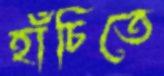
হাঁচিতে